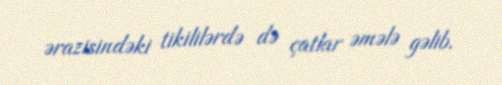
ərazisindəki tikililərdə də çatlar əmələ gəlib.